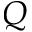
Q